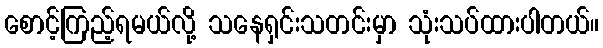
စောင့်ကြည့်ရမယ်လို့ သနေရှင်းသတင်းမှာ သုံးသပ်ထားပါတယ်။